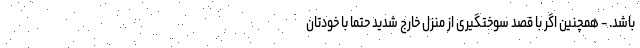
باشد. - همچنین اگر با قصد سوختگیری از منزل خارج شدید حتما با خودتان